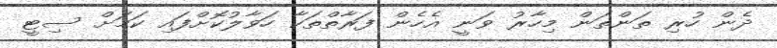
ދެން ހުރި ތަންތަން މިހާރު ވަނީ އެހެން ފަރާތްތަކާ ހަވާލުކޮށްފައި ކަމަށް ސިޓީ